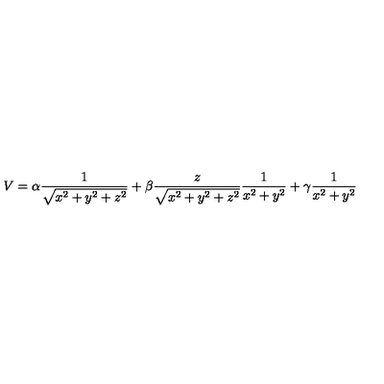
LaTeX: V = \alpha \frac { 1 } { \sqrt { x ^ { 2 } + y ^ { 2 } + z ^ { 2 } } } + \beta \frac { z } { \sqrt { x ^ { 2 } + y ^ { 2 } + z ^ { 2 } } } \frac { 1 } { x ^ { 2 } + y ^ { 2 } } + \gamma \frac { 1 } { x ^ { 2 } + y ^ { 2 } }